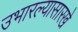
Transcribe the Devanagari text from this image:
उभारल्यासारखे